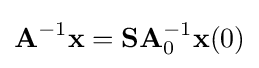
\mathbf {A} ^{-1}\mathbf {x} =\mathbf {S} \mathbf {A} _{0}^{-1}\mathbf {x} (0)